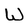
Character: W